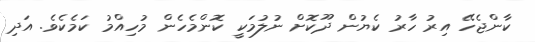
ކާންޖެހޭ އިރު ހާރު ކެޔުން ދޫކޮށް ނުލުމަކީ ކޮންމެހެން މުހިއްމު ކަމެކެވެ. އަދި